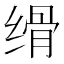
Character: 𦈔